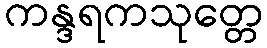
ကန္ဒရကသုတ္တေ